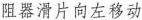
阻器滑片向左移动